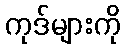
ကုဒ်များကို